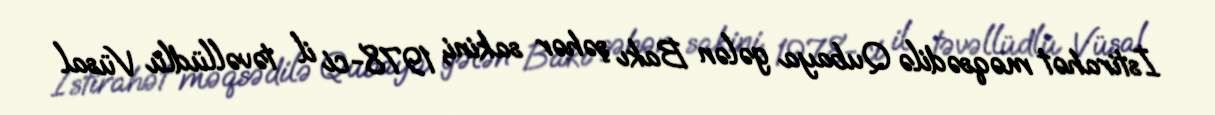
İstirahət məqsədilə Qubaya gələn Bakı şəhər sakini, 1978-ci il təvəllüdlü Vüsal